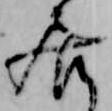
居